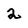
Character: 2